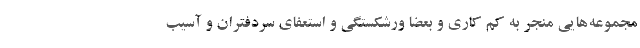
مجموعه‌هایی منجر به کم کاری و بعضا ورشکستگی و استعفای سردفتران و آسیب